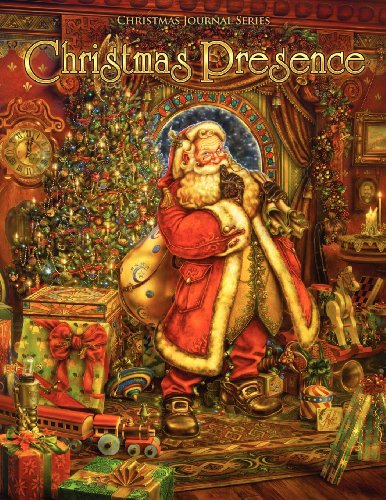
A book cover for Christmas Presence, Christmas Journal Series; Lowry Global Media LLC; Business & Money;